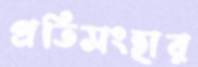
প্রতিসংহার